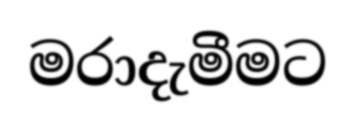
මරාදැමීමට